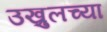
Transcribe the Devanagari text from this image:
उख्रुलच्या